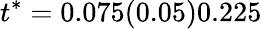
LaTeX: t^{*}=0.075(0.05)0.225